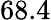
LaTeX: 68.4